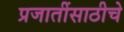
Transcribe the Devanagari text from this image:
प्रजातींसाठीचे